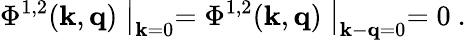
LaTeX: \Phi^{1,2}({\mathbf k},{\mathbf q})\bigm|_{{\mathbf k}=0}=\Phi^{1,2}({\mathbf k},{\mathbf q})\bigm|_{{\mathbf k}-{\mathbf q}=0}=0\ .